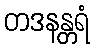
တဒနန္တရံ